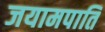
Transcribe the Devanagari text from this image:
जयामपाति